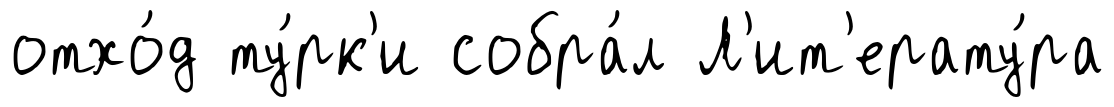
отхо́д ту́рк'и собра́л Л'ит'ерату́ра